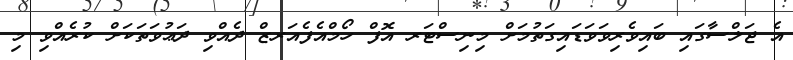
އެ ޖަލްސާގައި ބައިވެރިވަވަޑައިގަތުމަށް މިނިސްޓަރ އޮފް ހޯމްއެފެއަރޒް ދެއްވި ދަޢުވަތަކަށް ކުރެއްވި މި